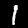
Label: 1